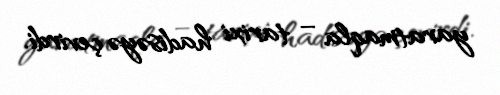
yaratmaqla – tarixi hadisəyə çevirdi.